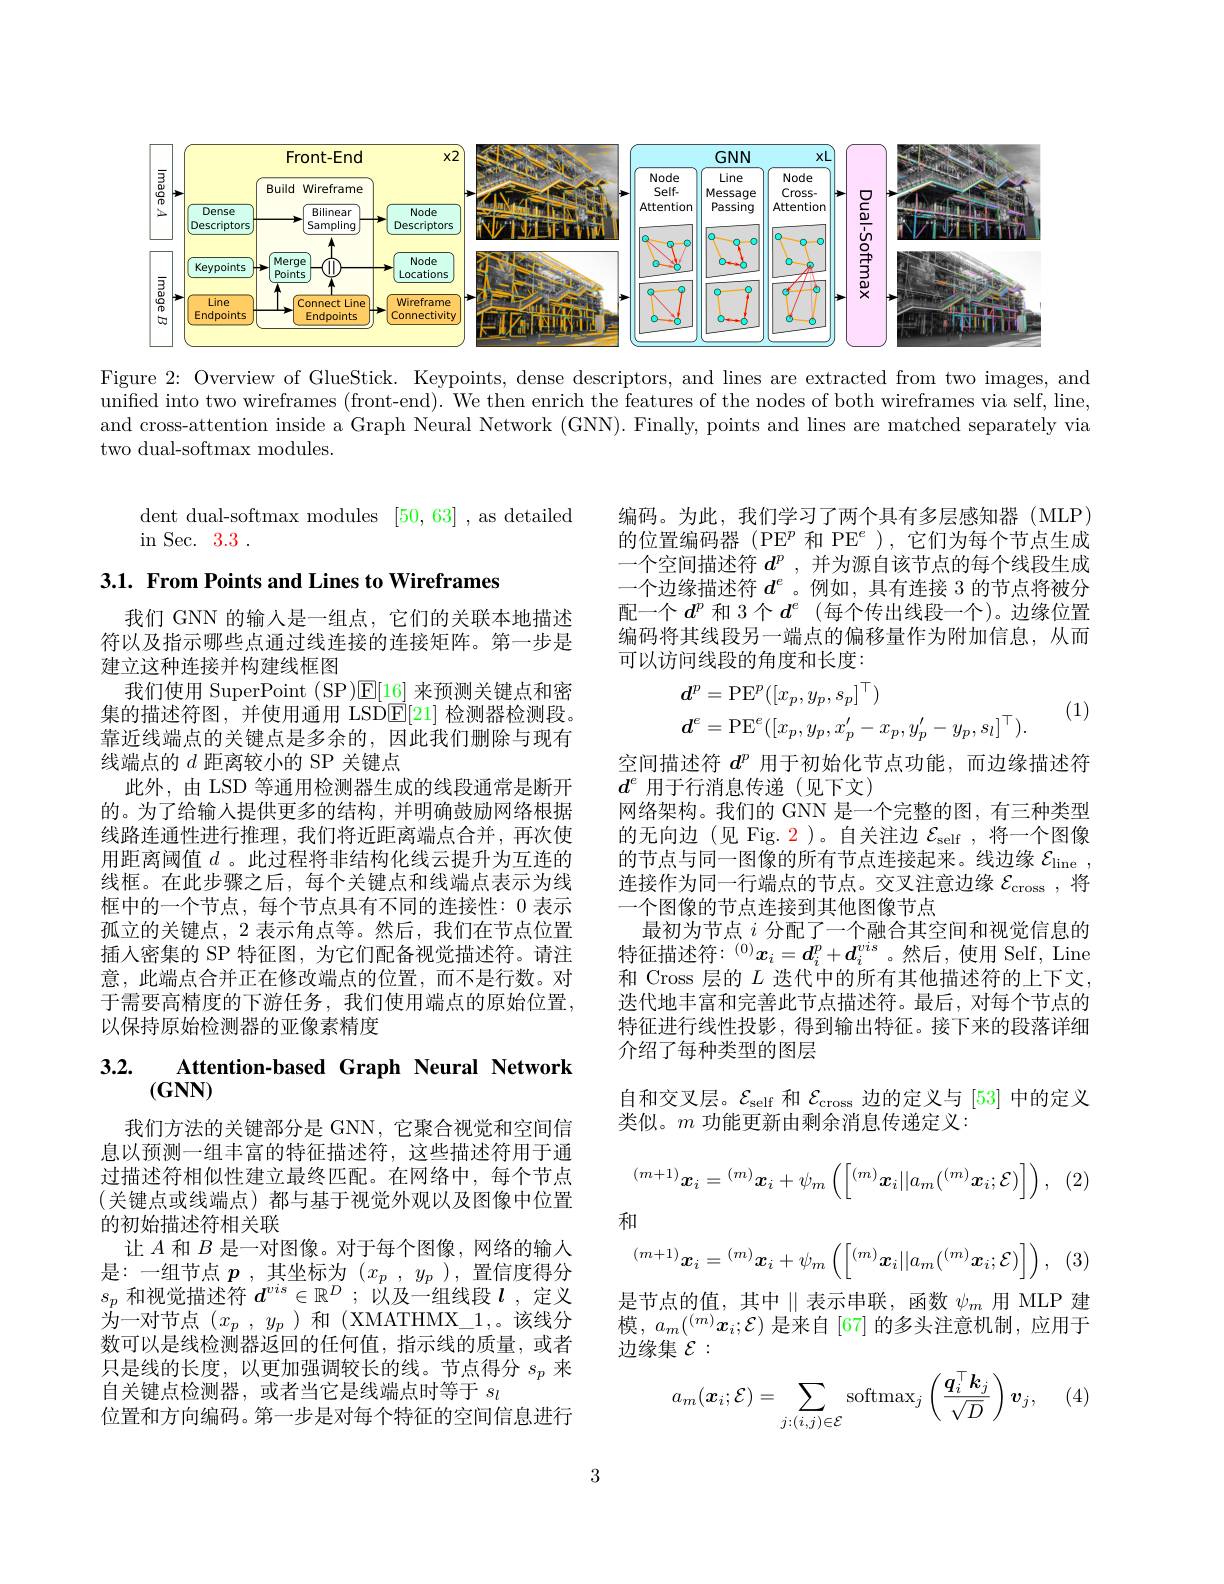
<FigureHere>

Figure 2: Overview of GlueStick. Keypoints, dense descriptors, and lines are extracted from two images, and unified into two wireframes (front-end). We then enrich the features of the nodes of both wireframes via self, line, and cross-attention inside a Graph Neural Network (GNN). Finally, points and lines are matched separately via two dual-softmax modules.

dent dual-softmax modules [50,63] ,as detailed
$\operatorname{in}$Sec.3.3.

3.1. From Points and Lines to Wireframes

编码。为此，我们学习了两个具有多层感知器(MLP) 的位置编码器(PE$^p$和 PE$^e$ ),它们为每个节点生成一个空间描述符$d^p$,并为源自该节点的每个线段生成一个边缘描述符$d^e$ 。例如 ,具有连接 3 的节点将被分配一个$d^p$ 和 3个 $d^e$ (每个传出线段一个)。边缘位置编码将其线段另一端点的偏移量作为附加信息，从而可以访问线段的角度和长度：
$$\begin{aligned}&d^{p}=\mathrm{PE}^{p}([x_{p},y_{p},s_{p}]^{\top})\\&d^{e}=\mathrm{PE}^{e}([x_{p},y_{p},x_{p}^{\prime}-x_{p},y_{p}^{\prime}-y_{p},s_{l}]^{\top}).\end{aligned}$$
(1)

我们 GNN 的输入是一组点，它们的关联本地描述符以及指示哪些点通过线连接的连接矩阵。第一步是建立这种连接并构建线框图
我们使用 SuperPoint (SP)$\mathbb{E}[16]$来预测关键点和密集的描述符图，并使用通用 LSD$\overline {E}$[ 21] 检测器检测段。靠近线端点的关键点是多余的，因此我们删除与现有线端点的$d$距离较小的 SP 关键点
此外，由 LSD 等通用检测器生成的线段通常是断开的。为了给输入提供更多的结构，并明确鼓励网络根据线路连通性进行推理，我们将近距离端点合并，再次使用距离阈值$d$ 。此过程将非结构化线云提升为互连的线框。在此步骤之后，每个关键点和线端点表示为线框中的一个节点，每个节点具有不同的连接性：0 表示孤立的关键点，2 表示角点等。然后，我们在节点位置插入密集的 SP 特征图，为它们配备视觉描述符。请注意，此端点合并正在修改端点的位置，而不是行数。对于需要高精度的下游任务，我们使用端点的原始位置， 以保持原始检测器的亚像素精度

空间描述符$d^p$用于初始化节点功能，而边缘描述符
$d^e$用于行消息传递(见下文)
网络架构。我们的 GNN 是一个完整的图，有三种类型的无向边(见 Fig. $\color{red}{2}$)。自关注边$\mathcal{E}_\mathrm{self}$,将一个图像的节点与同一图像的所有节点连接起来。线边缘$\mathcal{E} _\mathrm{line}$ , 连接作为同一行端点的节点。交叉注意边缘$\mathcal{E}_\mathrm{cross}$,将一个图像的节点连接到其他图像节点
最初为节点$i$分配了一个融合其空间和视觉信息的特征描述符：$^{(0)}\boldsymbol{x}_i=\boldsymbol{d}_i^p+\boldsymbol{d}_i^{vis}$。然后，使用 Self, Line 和 Cross 层的$L$迭代中的所有其他描述符的上下文， 迭代地丰富和完善此节点描述符。最后，对每个节点的特征进行线性投影，得到输出特征。接下来的段落详细介绍了每种类型的图层
自和交叉层。$\mathcal{E}_\mathrm{self}$和$\mathcal{E}_\mathrm{cross}$边的定义与[53]中的定义
类似。$m$功能更新由剩余消息传递定义：
(2)
$$^{(m+1)}\boldsymbol{x}_{i}=^{(m)}\boldsymbol{x}_{i}+\psi_{m}\left(\left[^{(m)}\boldsymbol{x}_{i}||a_{m}(^{(m)}\boldsymbol{x}_{i};\mathcal{E})\right]\right),\\\text{和}\\^{(m+1)}\boldsymbol{x}_{i}=^{(m)}\boldsymbol{x}_{i}+\psi_{m}\left(\left[^{(m)}\boldsymbol{x}_{i}||a_{m}(^{(m)}\boldsymbol{x}_{i};\mathcal{E})\right]\right),$$
(3
是节点的值，其中$\parallel$表示串联，函数$\psi_m$ 用 MLP 建模$,a_m(^{(m)}\boldsymbol{x}_i;\mathcal{E})$ 是来自[67]的多头注意机制，应用于边缘集$\mathcal{E}:$
$$a_m(\boldsymbol{x}_i;\mathcal{E})=\sum_{j:(i,j)\in\mathcal{E}}\mathrm{softmax}_j\left(\frac{\boldsymbol{q}_i^\top\boldsymbol{k}_j}{\sqrt{D}}\right)\boldsymbol{v}_j,$$
# 3.2. $\underset {{( \mathbf{GNN}) }}{\operatorname* { \operatorname* { Attention- based} } }$ Graph Neural Network

我们方法的关键部分是 GNN, 它聚合视觉和空间信息以预测一组丰富的特征描述符，这些描述符用于通过描述符相似性建立最终匹配。在网络中，每个节点(关键点或线端点)都与基于视觉外观以及图像中位置的初始描述符相关联
让$A$和$B$是一对图像。对于每个图像，网络的输入是：一组节点$p$ ,其坐标为$(x_p,y_p)$,置信度得分$s_p$和视觉描述符$d^vis\in\mathbb{R}^D;$以及一组线段$l$ ,定义为一对节点($x_p,y_p$)和(XMATHMX\_1,。该线分数可以是线检测器返回的任何值，指示线的质量，或者只是线的长度，以更加强调较长的线。节点得分$s_p$来自关键点检测器，或者当它是线端点时等于$s_l$
位置和方向编码。第一步是对每个特征的空间信息进行

(4

3